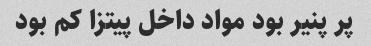
پر پنیر بود مواد داخل پیتزا کم بود